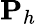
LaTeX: {\mathbf P}_{h}